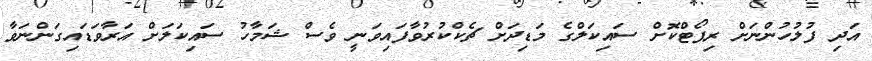
އަދި ފުލުހުންނަށް ރިޕޯޓްކޮށް ސައިކަލްގެ މަޑިދަށް ޗެކްކުރުވާފައިވަނީ ވެސް ޝަމާހު ސައިކަލަށް އަރާވަޑައިގަންނަވާ